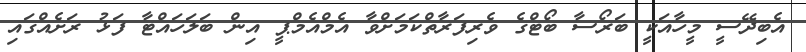
އެބިދޭސީ މީހާއަކީ ބަރޯސާ ބޯޓްގެ ވެރިފަރާތްކަމަށްވާ އެމްއެމްޕީ އިން ބަލަހައްޓާ ފަޅު ރަށެއްގައި